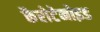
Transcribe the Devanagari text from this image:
कैरोटेनोइड